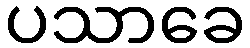
ပသာခေ